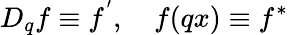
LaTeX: D_{q}f\equiv f^{^{\prime}},\quad f(qx)\equiv f^{\ast}